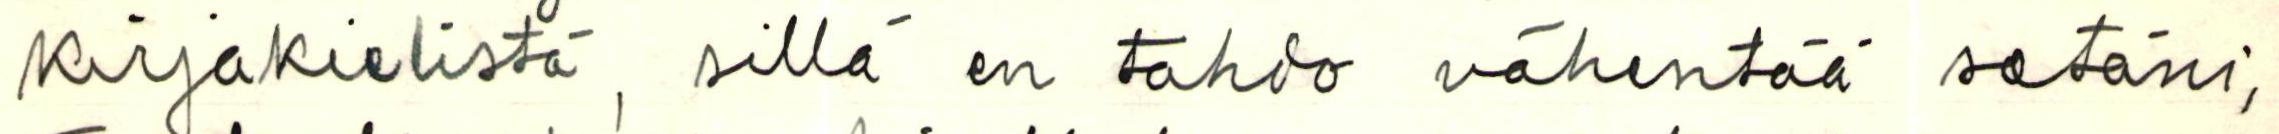
Kirjakielistä, sillä en tahdo vähentää setäni,